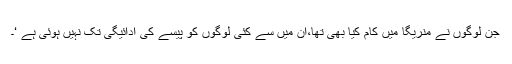
جن لوگوں نے منریگا میں کام کیا بھی تھا،ان میں سے کئی لوگوں کو پیسے کی ادائیگی تک نہیں ہوئی ہے ‘۔